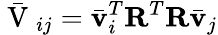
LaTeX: \bar{\mathrm{~V~}}_{ij}=\bar{\mathbf{v}}_{i}^{T}\mathbf{R}^{T}\mathbf{R}\bar{\mathbf{v}}_{j}